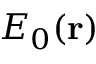
E _ { 0 } ( \mathbf { r } )